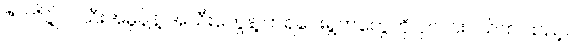
ဇာတိပ္ဇိုလ်သီးအမှုန့်နဲ့ အသီးတွေနဲ့ ကရဝေးရွက်တွေကို ပုလင်းငယ်ထဲ ထည့်ပါ။